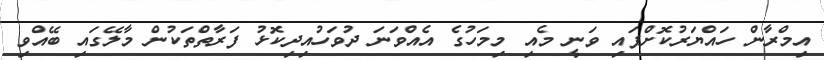
އިމްރާން ހައްޔަރުކޮށްފައި ވަނީ މެއި މިމަހުގެ އެއްވަނަ ދުވަހުއިދިކޮޅު ފަރާތްތަކުން މާލޭގައި ބޭއްވި